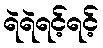
ရဲရဲရင့်ရင့်